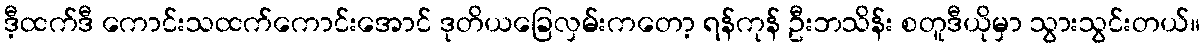
ဒီ့ထက်ဒီ ကောင်းသထက်ကောင်းအောင် ဒုတိယခြေလှမ်းကတော့ ရန်ကုန် ဦးဘသိန်း စတူဒီယိုမှာ သွားသွင်းတယ်။